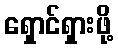
ရှောင်ရှားဖို့